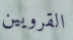
القرويين